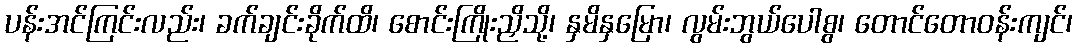
ပန်းအင်ကြင်းလည်း၊ ခက်ချင်းခိုက်ထိ၊ စောင်းကြိုးညှိသို့၊ နှမိနှမြော၊ လွမ်းဘွယ်ပေါစွ၊ တောင်တောဝန်းကျင်၊